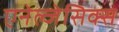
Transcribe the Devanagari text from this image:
एनेल्जेसिक्स